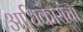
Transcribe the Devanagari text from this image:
आधिकारांचा